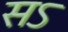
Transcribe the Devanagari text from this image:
सऽ